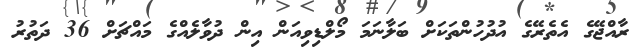
ރާއްޖޭގެ އެތެރޭގެ އުދުހުންތަކަށް ބަލާނަމަ މޯލްޑިވިއަން އިން ދުވާލެއްގެ މައްޗަށް 36 ދަތުރު